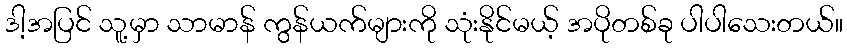
ဒါ့အပြင် သူ့မှာ သာမာန် ကွန်ယက်များကို သုံးနိုင်မယ့် အပိုတစ်ခု ပါပါသေးတယ်။